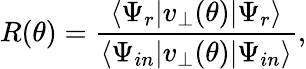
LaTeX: R(\theta)=\frac{\langle\Psi_{r}|v_{\perp}(\theta)|\Psi_{r}\rangle}{\langle\Psi_{in}|v_{\perp}(\theta)|\Psi_{in}\rangle},